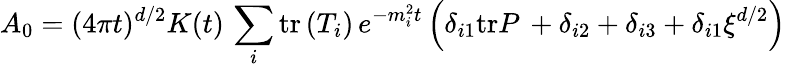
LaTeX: A_{0}=(4\pi t)^{d/2}K(t)\, \sum_{i}\mathrm{tr}\left(T_{i}\right)\, e^{-m_{i}^{2}t}\left(\delta_{i1}\mathrm{tr}P\, +\delta_{i2}+\delta_{i3}+\delta_{i1}\xi^{d/2}\right)